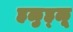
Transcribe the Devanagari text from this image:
हळुह्ळू